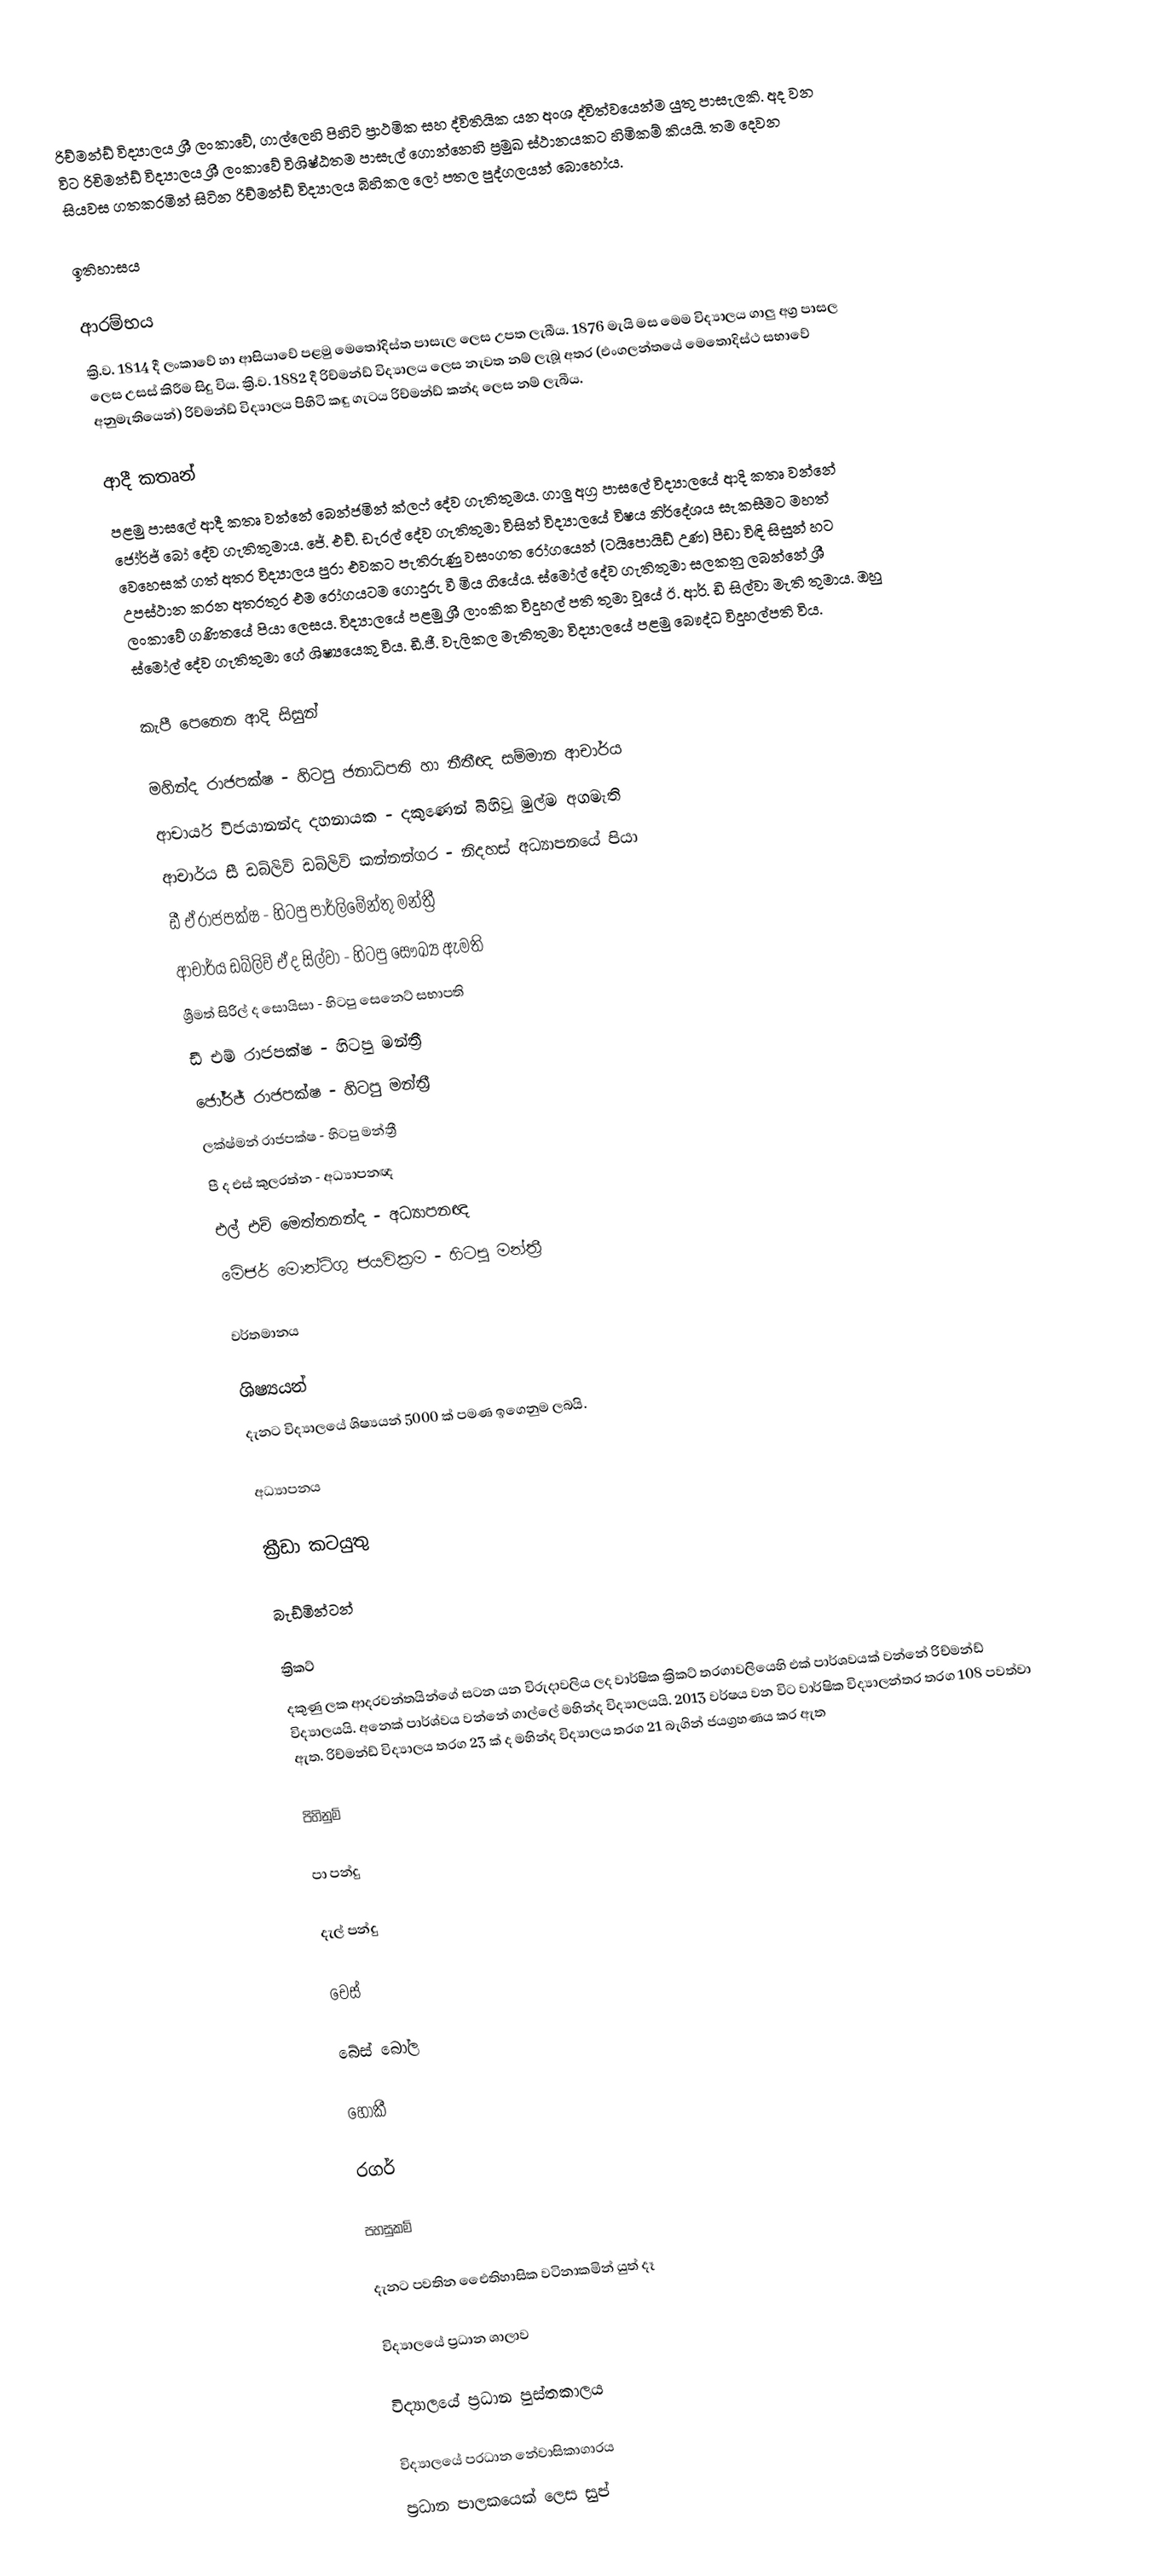
රිච්මන්ඩ් විද්‍යාලය  ශ්‍රී ලංකාවේ, ගාල්ලෙහි පිහිටි ප්‍රාථමික සහ ද්විතියික යන අංශ ද්විත්වයෙන්ම යුතු පාසැලකි. අද වන විට රිචිමන්ඩ් විද්‍යාලය ශ්‍රී ලංකාවේ විශිෂ්ඨතම පාසැල් ගොන්නෙහි ප්‍රමුඛ ස්ථානයකට හිමිකම් කියයි. තම දෙවන සියවස ගතකරමින් සිටින රිච්මන්ඩ් විද්‍යාලය බිහිකල ලෝ පතල පුද්ගලයන් බොහෝය.

ඉතිහාසය

ආරම්භය
ක්‍රි.ව. 1814 දී ලංකාවේ හා ආසියාවේ පළමු මෙතෝදිස්ත පාසැල ලෙස උපත ලැබීය. 1876 මැයි මස මෙම විද්‍යාලය ගාලු අග්‍ර පාසල ලෙස උසස් කිරීම සිදු විය. ක්‍රි.ව. 1882 දී රිච්මන්ඩ් විද්‍යාලය ලෙස නැවත නම් ලැබූ අතර (එංගලන්තයේ මෙතොදිස්ථ සභාවේ අනුමැතියෙන්) රිච්මන්ඩ් විද්‍යාලය පිහිටි කඳු ගැටය රිච්මන්ඩ් කන්ද ලෙස නම් ලැබීය.

ආදී කතෘන්
පළමු පාසලේ ආදී කතෘ වන්නේ බෙන්ජමින් ක්ලෆ් දේව ගැතිතුමය. ගාලු අග්‍ර පාසලේ විද්‍යාලයේ ආදි කතෘ වන්නේ ජෝර්ජ් බෝ දේව ගැතිතුමාය. ජේ. එච්. ඩැරල් දේව ගැතිතුමා විසින් විද්‍යාලයේ විෂය නිර්දේශය සැකසීමට මහත් වෙහෙසක් ගත් අතර විද්‍යාලය පුරා එවකට පැතිරුණු වසංගත රෝගයෙන් (ටයිපොයිඩ් උණ) පීඩා විඳි සිසුන් හට උපස්ථාන කරන අතරතුර එම රෝගයටම ගොදුරු වී මිය ගියේය. ස්මෝල් දේව ගැතිතුමා සලකනු ලබන්නේ ශ්‍රී ලංකාවේ ගණිතයේ පියා ලෙසය. විද්‍යාලයේ පළමු ශ්‍රී ලාංකික විදුහල් පති තුමා වූයේ ඊ. ආර්. ඩි සිල්වා මැති තුමාය. ඔහු ස්මෝල් දේව ගැතිතුමා ගේ ශිෂ්‍යයෙකු විය. ඩී.ජී. වැලිකල මැතිතුමා විද්‍යාලයේ පළමු බෞද්ධ විදුහල්පති විය.

කැපී පෙනෙන ආදි සිසුන්

 මහින්ද රාජපක්ෂ - හිටපු ජනාධිපති හා නීතීඥ සම්මාන ආචාර්ය
 ආචාර්ය විජයානන්ද දහනායක - දකුණෙන් බිහිවූ මුල්ම අගමැති
 ආචාර්ය සී ඩබ්ලිව් ඩබ්ලිව් කන්නන්ගර - නිදහස් අධ්‍යාපනයේ පියා
 ඩී ඒ රාජපක්ෂ - හිටපු පාර්ලිමේන්තු මන්ත්‍රී
 ආචාර්ය ඩබ්ලිව් ඒ ද සිල්වා - හිටපු සෞඛ්‍ය ඇමති
 ශ්‍රීමත් සිරිල් ද සොයිසා - හිටපු සෙනෙට් සභාපති
 ඩී එම් රාජපක්ෂ - හිටපු මන්ත්‍රී
 ජෝර්ජ් රාජපක්ෂ - හිටපු මන්ත්‍රී
 ලක්ෂ්මන් රාජපක්ෂ - හිටපු මන්ත්‍රී
 පී ද එස් කුලරත්න - අධ්‍යාපනඥ
 එල් එච් මෙත්තනන්ද - අධ්‍යාපනඥ
 මේජර් මොන්ටිගු ජයවික්‍රම - හිටපු මන්ත්‍රී

වර්තමානය

ශිෂ්‍යයන්
දැනට විද්‍යාලයේ ශිෂ්‍යයන් 5000 ක් පමණ ඉගෙනුම ලබයි.

අධ්‍යාපනය

ක්‍රීඩා කටයුතු

බැඩ්මින්ටන්

ක්‍රිකට්
දකුණු ලක ආදරවන්තයින්ගේ සටන යන විරුදාවලිය ලද වාර්ෂික ක්‍රිකට් තරගාවලියෙහි එක් පාර්ශවයක් වන්නේ රිච්මන්ඩ් විද්‍යාලයයි. අනෙක් පාර්ශ්වය වන්නේ ගාල්ලේ මහින්ද විද්‍යාලයයි. 2013 වර්ෂය වන විට වාර්ෂික විද්‍යාලන්තර තරග 108 පවත්වා ඇත. රිච්මන්ඩ් විද්‍යාලය තරග 23 ක් ද මහින්ද විද්‍යාලය තරග 21 බැගින් ජයග්‍රහණය කර ඇත

පිහිනුම්

පා පන්දු

දැල් පන්දු

චෙස්

බේස් ‍බෝල

හොකී

රගර්

පහසුකම්

දැනට පවතින එෛතිහාසික වටිනාකමින් යුත් දෑ

විද්‍යාලයේ ප්‍රධාන ශාලාව

විද්‍යාලයේ ප්‍රධාන පුස්තකාලය

විද්‍යාලයේ ප‍්‍රධාන නේවාසිකාගාරය
ප්‍රධාන පාලකයෙක් ලෙස සුප්